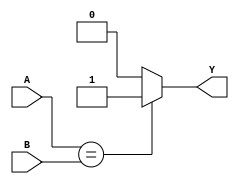
`timescale 1ns / 1ps

module compare_two_8bit_buses(

    input [7:0] A,
    input [7:0] B,
    output reg Y);
	
    always @(*)
        if(A == B)
	    Y = 1;
	else
	    Y = 0;	
endmodule